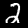
Digit: 2